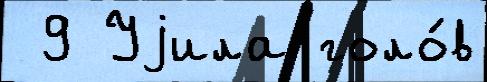
 9 Уjила голо́в